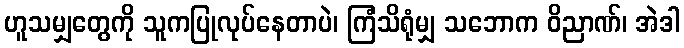
ဟူသမျှတွေကို သူကပြုလုပ်နေတာပဲ၊ ကြံသိရုံမျှ သဘောက ဝိညာဏ်၊ အဲဒါ